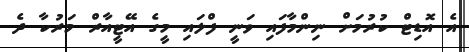
އެ އޮޑިޓް ކުރުމަށް ނިންމާފައި ވަނީ ފްލައި މީގެ އޭޓީއާރް މަރުކާ ދެ